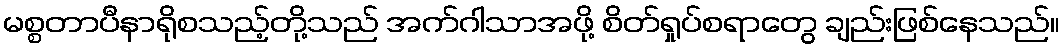
မစ္စတာပီနာရိုစသည့်တို့သည် အက်ဂါသာအဖို့ စိတ်ရှုပ်စရာတွေ ချည်းဖြစ်နေသည်။